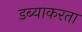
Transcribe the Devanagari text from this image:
डब्याकरता